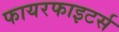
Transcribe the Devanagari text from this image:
फायरफाइटर्स